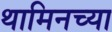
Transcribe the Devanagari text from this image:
थामिनच्या